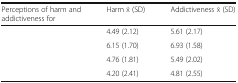
<table><thead><tr><td><b>Perceptions of harm and addictiveness for</b></td><td><b>Harm x̄ (SD)</b></td><td><b>Addictiveness x̄ (SD)</b></td></tr></thead><tbody><tr><td>[EMPTY_CELL]</td><td>4.49 (2.12)</td><td>5.61 (2.17)</td></tr><tr><td>[EMPTY_CELL]</td><td>6.15 (1.70)</td><td>6.93 (1.58)</td></tr><tr><td>[EMPTY_CELL]</td><td>4.76 (1.81)</td><td>5.49 (2.02)</td></tr><tr><td>[EMPTY_CELL]</td><td>4.20 (2.41)</td><td>4.81 (2.55)</td></tr></tbody></table>